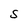
Character: S